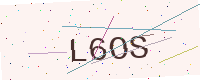
Text: L6OS